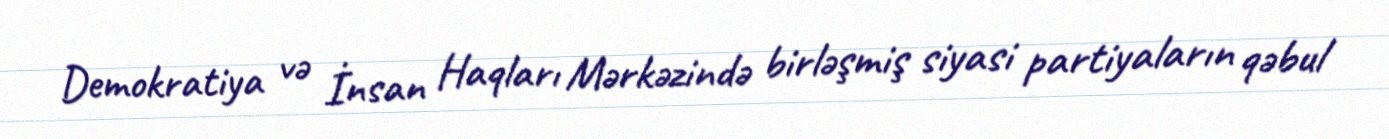
Demokratiya və İnsan Haqları Mərkəzində birləşmiş siyasi partiyaların qəbul